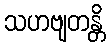
သဟဗျတန္တိ